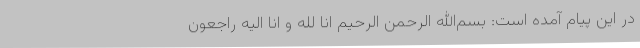
در این پیام آمده است: بسم‌الله الرحمن الرحیم انا لله و انا الیه راجعون